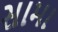
સામા